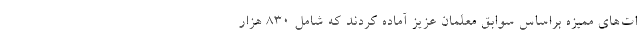
ات‌های ممیزه براساس سوابق معلمان عزیز آماده کردند که شامل ۸۳۰ هزار